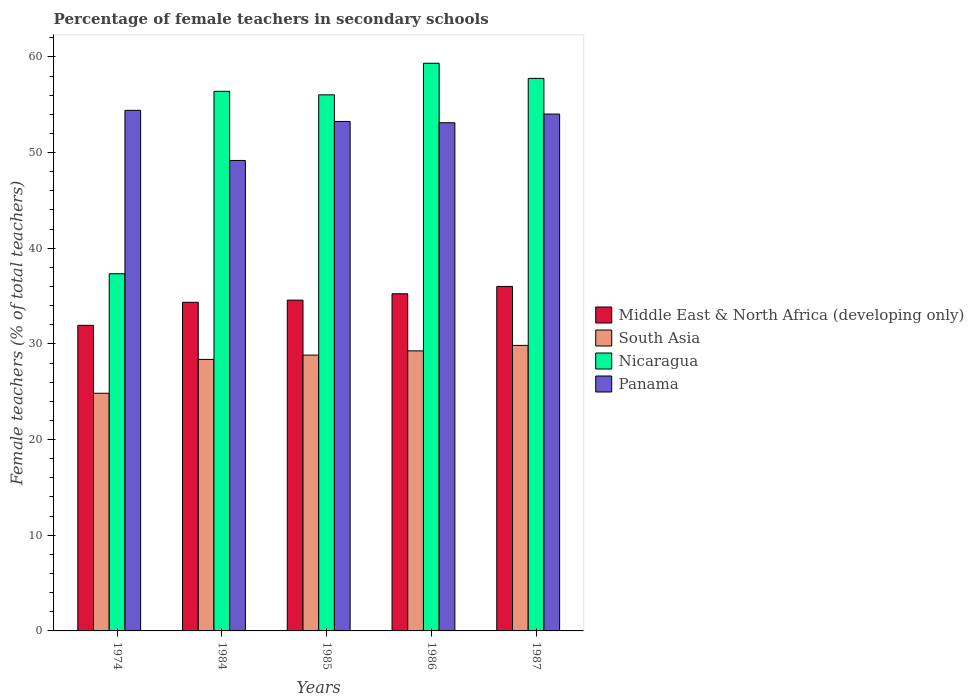
| Years | Middle East & North Africa (developing only) | South Asia | Nicaragua | Panama |
 | --- | --- | --- | --- | --- |
 | 1974 | 31.9 | 24.8 | 37.3 | 54.4 |
 | 1984 | 34.3 | 28.4 | 56.4 | 49.2 |
 | 1985 | 34.6 | 28.8 | 56 | 53.2 |
 | 1986 | 35.2 | 29.3 | 59.3 | 53.1 |
 | 1987 | 36 | 29.8 | 57.8 | 54 |